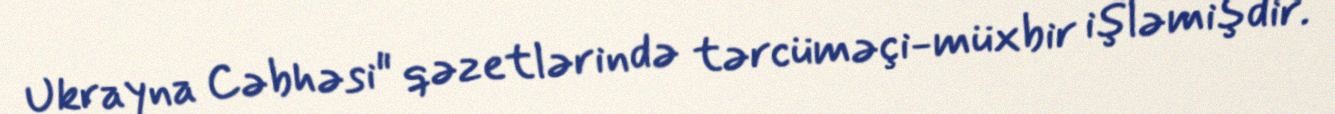
Ukrayna Cəbhəsi" qəzetlərində tərcüməçi-müxbir işləmişdir.